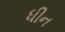
ધીન